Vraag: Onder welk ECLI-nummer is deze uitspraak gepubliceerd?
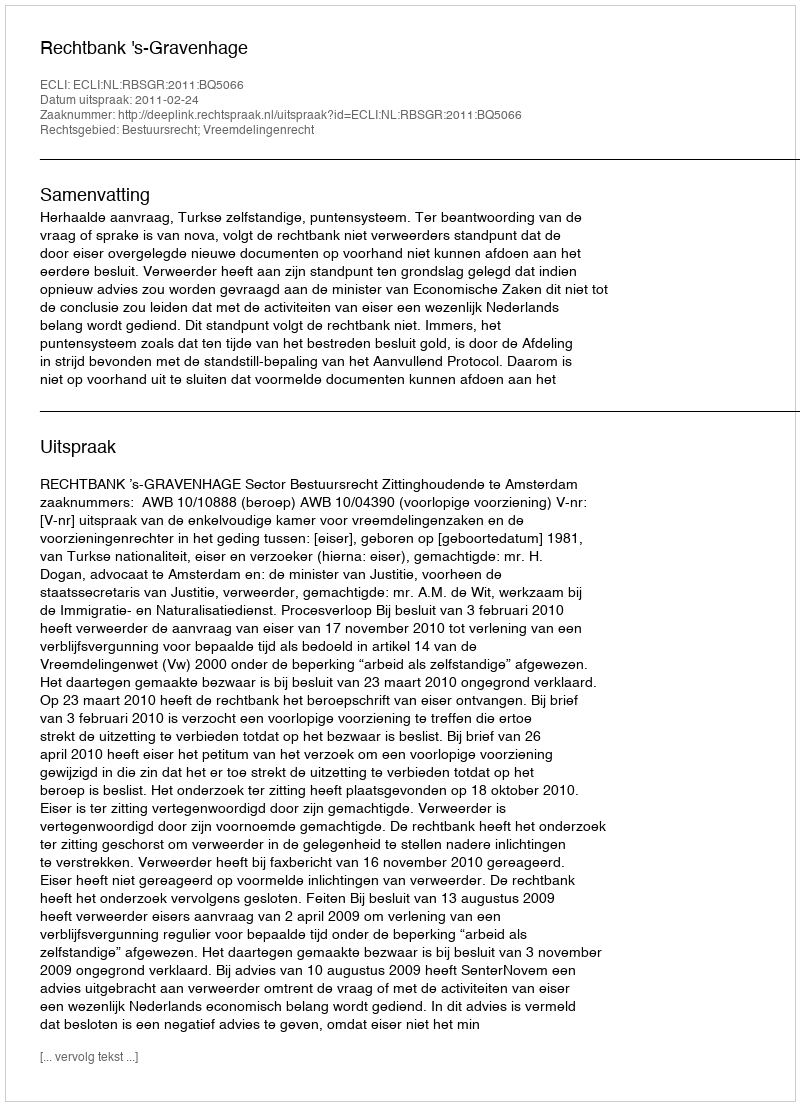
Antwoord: ECLI:NL:RBSGR:2011:BQ5066